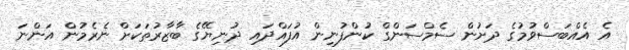
އެ އެއްބަސްވުމުގެ ދަށުން ސެމްސަންގް ކުންފުނިން އުފައްދައި ދުނިޔޭގެ ބާޒާރުތަކަށް ނެރެމުން އަންނަ